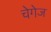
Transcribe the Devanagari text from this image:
चेगेज